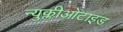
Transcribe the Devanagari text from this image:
न्युक्लीओटाइड